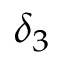
\delta _ { 3 }